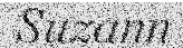
Suzann